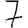
Digit: 7